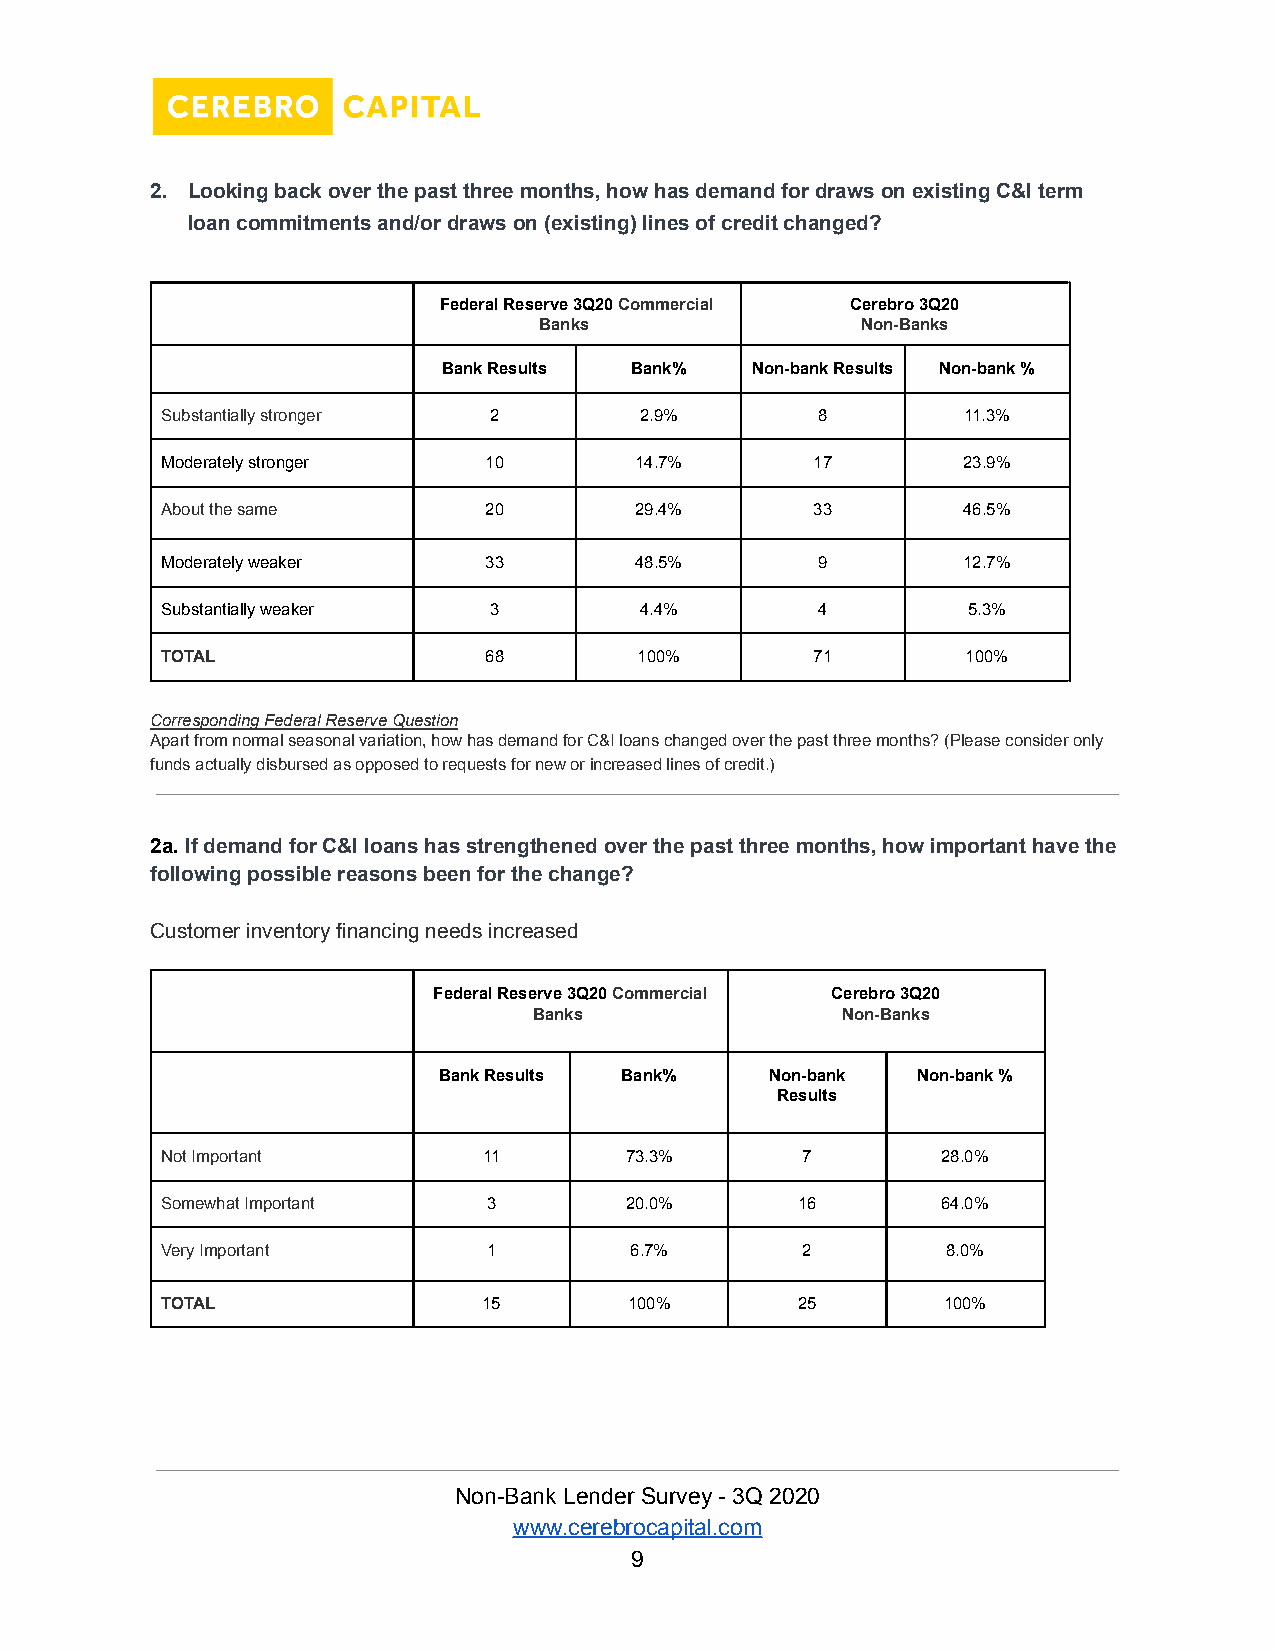
2. Looking back over the past three months, how has demand for draws on existing C&I term
 loan commitments and/or draws on (existing) lines of credit changed?
 Federal Reserve 3Q20Commercial Cerebro 3Q20
 Banks                Non-Banks
 Bank Results Bank%   Non-bank Results Non-bank %
 Substantially stronger 2       2.9%        8         11.3%
 Moderately stronger  10        14.7%       17        23.9%
 About the same       20        29.4%       33        46.5%
 Moderately weaker    33        48.5%       9         12.7%
 Substantially weaker 3         4.4%        4         5.3%
 TOTAL                68        100%        71        100%
 Corresponding Federal Reserve Question
 Apart from normal seasonal variation, how has demand for C&I loans changed over the past three months? (Please consider only
 funds actually disbursed as opposed to requests for new or increased lines of credit.)
 2a.If demand for C&I loans hasstrengthenedoverthe past three months, how important have the
 following possible reasons been for the change?
 Customer inventory financing needs increased
 Federal Reserve 3Q20Commercial Cerebro 3Q20
 Banks                Non-Banks
 Bank Results Bank%    Non-bank  Non-bank %
 Results
 Not Important        11       73.3%       7        28.0%
 Somewhat Important   3        20.0%       16       64.0%
 Very Important       1         6.7%       2         8.0%
 TOTAL                15        100%       25       100%
 Non-Bank Lender Survey - 3Q 2020
 www.cerebrocapital.com
 9